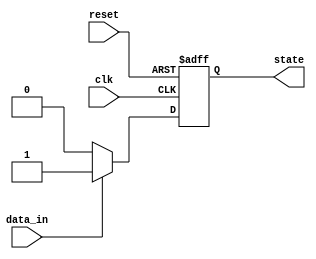
module example_sequential_logic (
    input wire clk,          // Clock signal
    input wire reset,        // Asynchronous reset signal
    input wire data_in,      // Input data signal
    output reg state         // Output state
);

// State encoding (if needed)
parameter STATE_IDLE = 1'b0;
parameter STATE_ACTIVE = 1'b1;

// Sequential logic block
always @(negedge clk or posedge reset) begin
    if (reset) begin
        // Asynchronous reset
        state <= STATE_IDLE; // Reset state to IDLE
    end else begin
        // State update on negative edge of clock
        if (data_in) begin
            state <= STATE_ACTIVE; // Transition to ACTIVE state if data_in is high
        end else begin
            state <= STATE_IDLE;    // Transition to IDLE state if data_in is low
        end
    end
end

endmodule